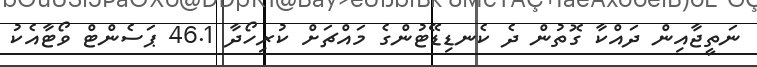
ނަތީޖާއިން ދައްކާ ގޮތުން ދެ ކެނޑިޑޭޓުންގެ މައްޗަށް ކުރިހޯދާ 46.1 ޕަސެންޓް ވޯޓާއެކު